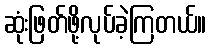
ဆုံးဖြတ်ဖို့လုပ်ခဲ့ကြတယ်။